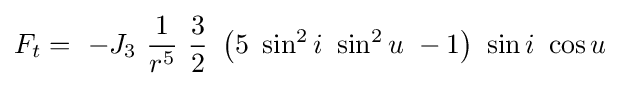
F_{t}=\ -J_{3}\ {\frac {1}{r^{5}}}\ {\frac {3}{2}}\ \left(5\ \sin ^{2}i\ \sin ^{2}u\ -1\right)\ \sin i\ \cos u